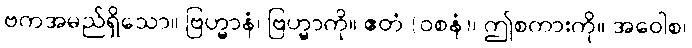
ဗကအမည်ရှိသော။ ဗြဟ္မာနံ၊ ဗြဟ္မာကို။ ဧတံ (ဝစနံ)၊ ဤစကားကို။ အဝေါစ၊